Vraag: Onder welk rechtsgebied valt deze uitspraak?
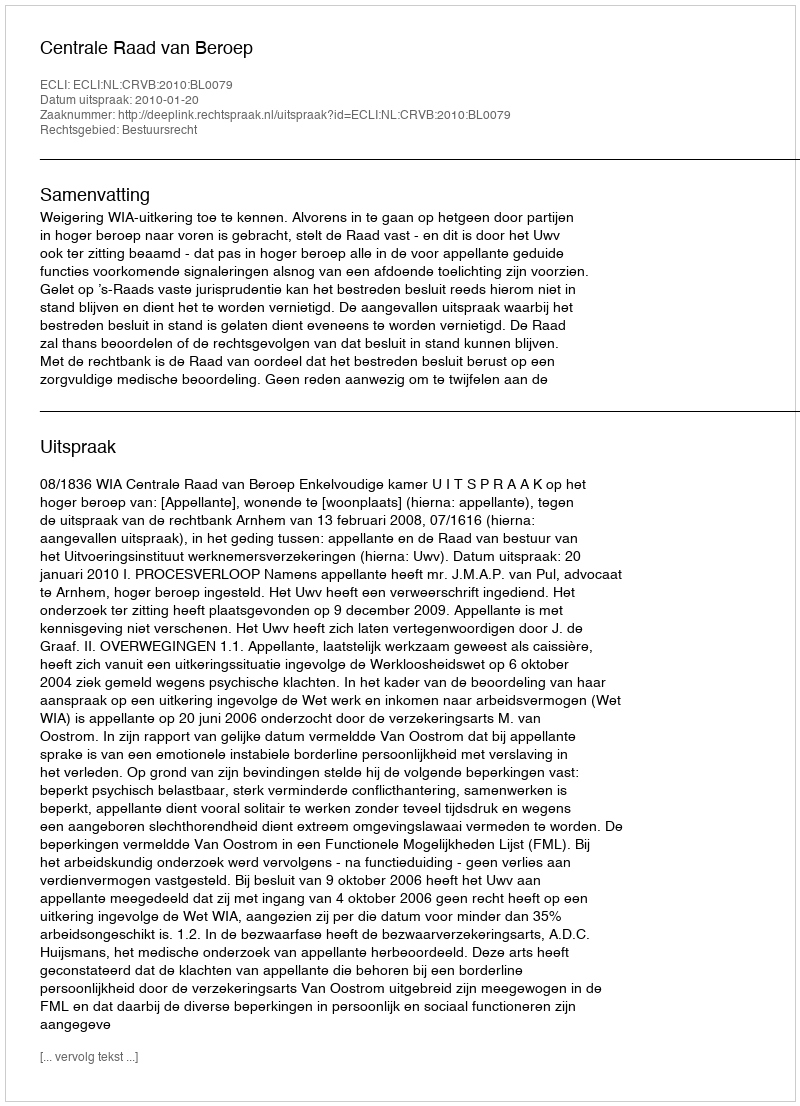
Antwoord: Bestuursrecht